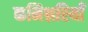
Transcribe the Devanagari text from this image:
कमिश्नरियाँ